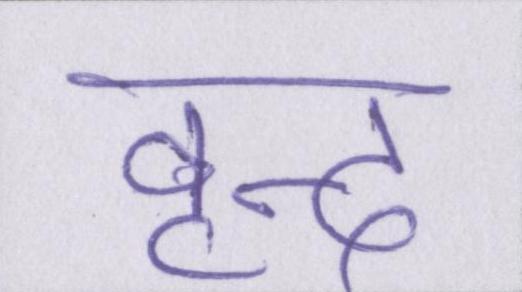
वृन्द